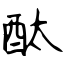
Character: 酞